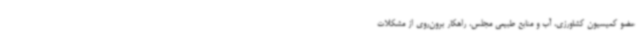
عضو کمیسیون کشاورزی، آب و منابع طبیعی مجلس، راهکار برون‌روی از مشکلات